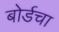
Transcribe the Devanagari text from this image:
बोर्डचा